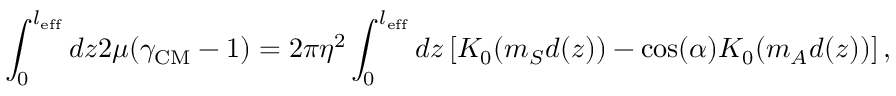
\int _ { 0 } ^ { l _ { \mathrm { e f f } } } d z 2 \mu ( \gamma _ { \mathrm { C M } } - 1 ) = 2 \pi \eta ^ { 2 } \int _ { 0 } ^ { l _ { \mathrm { e f f } } } d z \left[ K _ { 0 } ( m _ { S } d ( z ) ) - \cos ( \alpha ) K _ { 0 } ( m _ { A } d ( z ) ) \right] ,